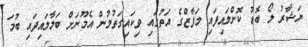
ޔަޝާރު ލޯ ބޮޑު ކޮށްލައިފައި މަފާޒްގެ އަތުގައި ވިކައިގަތުމުން އެމޫނަށް ބަލާލައިފައި ބުމަ